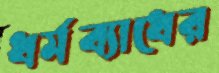
ধর্মব্যাধের